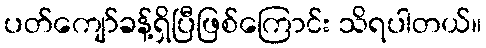
ပတ်ကျော်ခန့်ရှိပြီဖြစ်ကြောင်း သိရပါတယ်။